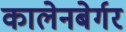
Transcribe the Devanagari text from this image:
कालेनबेर्गर